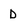
Character: D